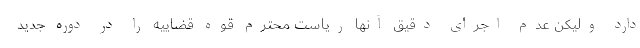
دارد ولیکن عدم اجرای دقیق آنها ریاست محترم قوه قضاییه را در دوره جدید